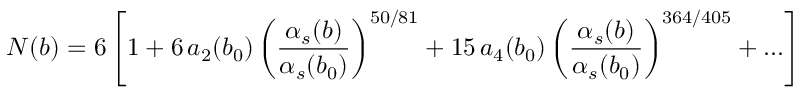
N ( b ) = 6 \left[ 1 + 6 \, a _ { 2 } ( b _ { 0 } ) \left( \frac { \alpha _ { s } ( b ) } { \alpha _ { s } ( b _ { 0 } ) } \right) ^ { 5 0 / 8 1 } + 1 5 \, a _ { 4 } ( b _ { 0 } ) \left( \frac { \alpha _ { s } ( b ) } { \alpha _ { s } ( b _ { 0 } ) } \right) ^ { 3 6 4 / 4 0 5 } + \ldots \right]